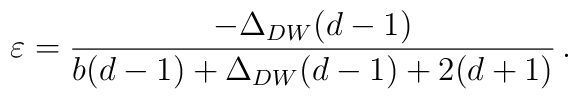
\varepsilon={-\Delta_{DW}(d-1)  \over b (d-1) + \Delta_{DW} (d-1) + 2 (d+1)}\, .